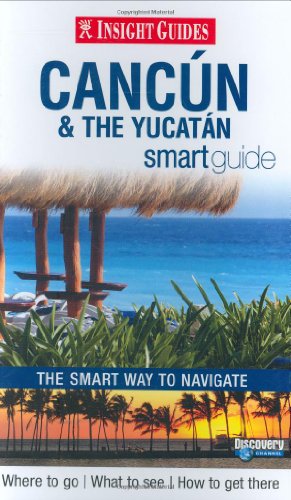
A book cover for Insight Guide Cancun & the Yucatan Smart Guide (Insight Smart Guide Cancun); Travel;